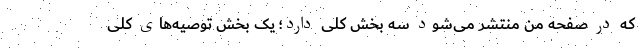
که در صفحه من منتشر می‌شود سه بخش کلی دارد؛ یک بخش توصیه‌های کلی